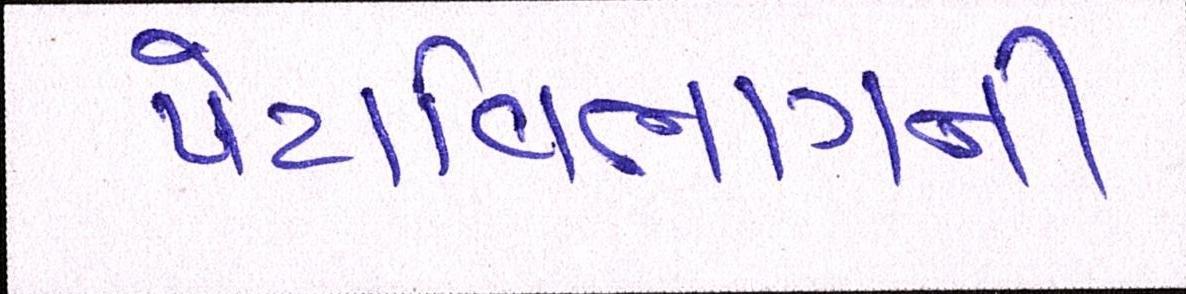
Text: પેટાવિભાગની